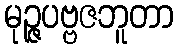
မုဉ္ဇပဗ္ဗဇဘူတာ